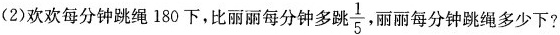
(2)欢欢每分钟跳绳 180 下，比丽丽每分钟多跳 \frac{1}{5}丽丽每分钟跳绳多少下?